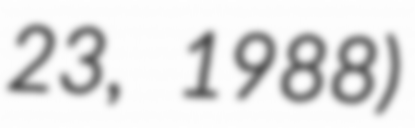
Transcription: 23, 1988)